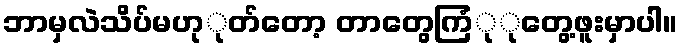
ဘာမှလဲသိပ်မဟုုတ်တော့ တာတွေကြံုုတွေ့ဖူးမှာပါ။